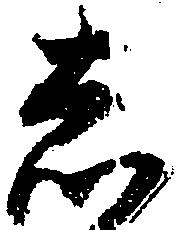
し